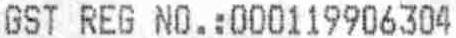
GST REG NO.:000119906304